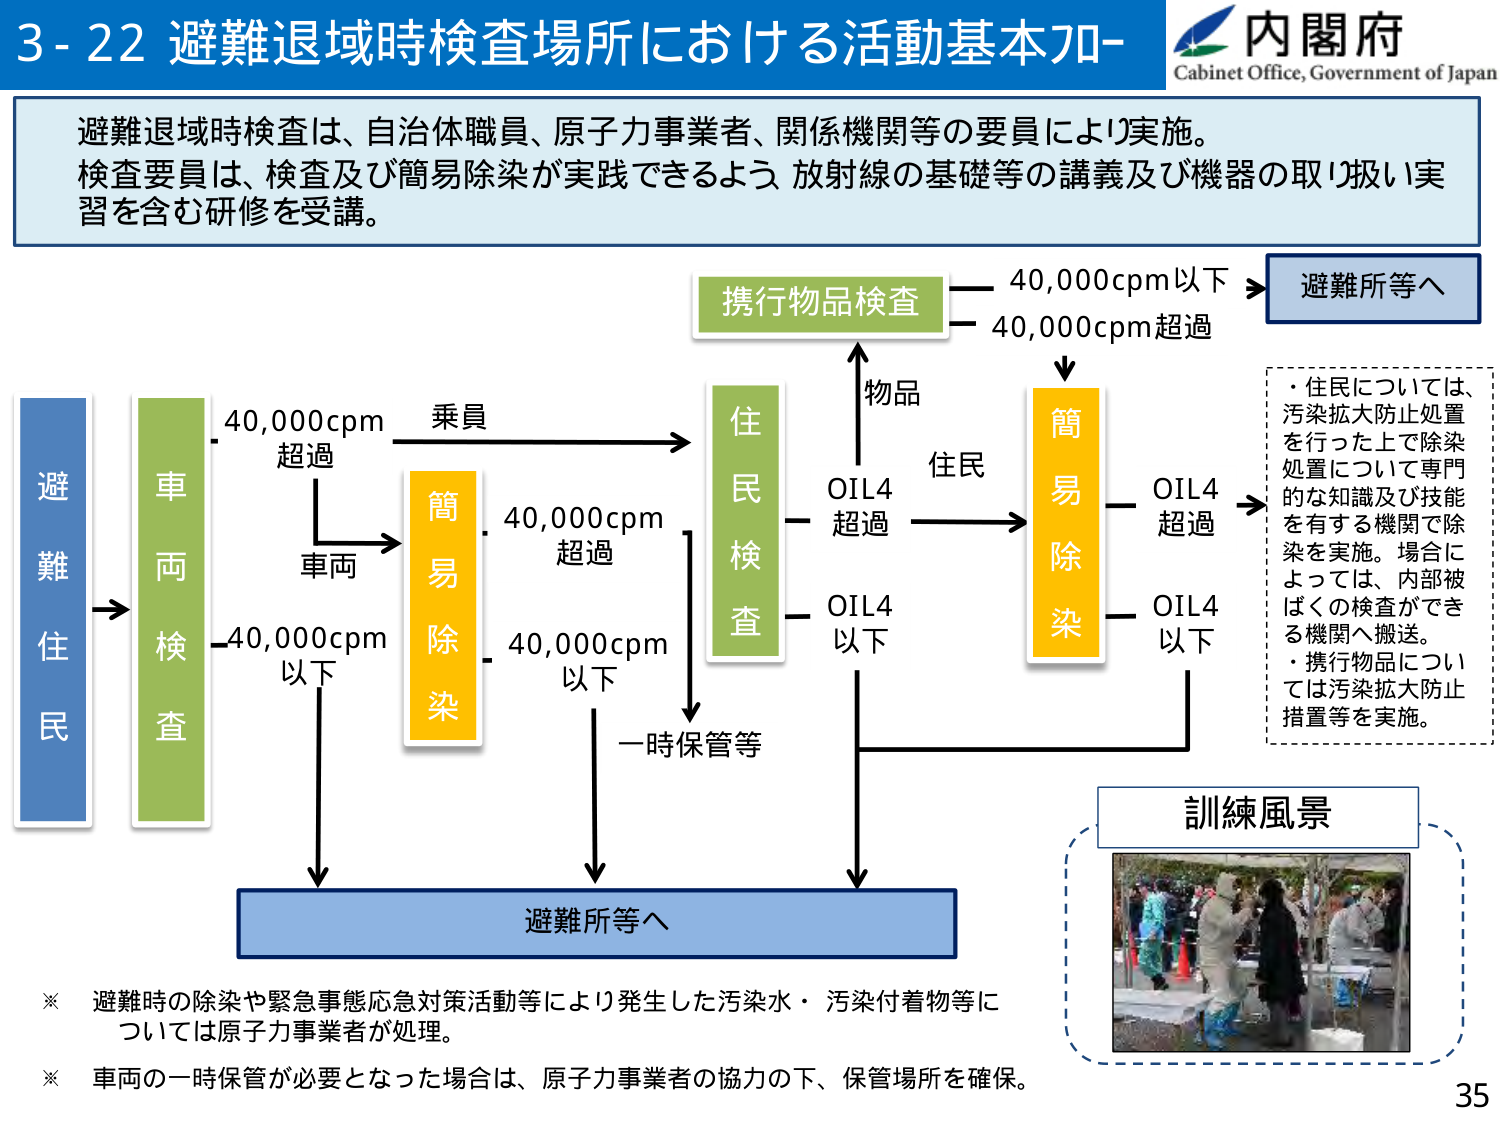
3-22 避難退域時検査場所における活動基本フロー
内閣府
Cabinet Office, Government of Japan

避難退域時検査は、自治体職員、原子力事業者、関係機関等の要員により実施。
検査要員は、検査及び簡易除染が実践できるよう、放射線の基礎等の講義及び機器の取り扱い実習を含む研修を受講。

避難住民
→ 車両検査
　　40,000cpm 超過 → 車両 → 簡易除染
　　40,000cpm 以下 → 避難所等へ

　　乗員 → 住民検査
　　　　　　40,000cpm 超過 → 簡易除染
　　　　　　40,000cpm 以下 → 一時保管等 → 避難所等へ

　　物品 → 携行物品検査
　　　　　　40,000cpm 以下 → 避難所等へ
　　　　　　40,000cpm 超過 → 簡易除染

　　住民 → 簡易除染
　　　　　　OIL4 超過 → OIL4 超過 → （注釈）
　　　　　　OIL4 以下 → OIL4 以下 → 避難所等へ

注釈：
・住民については、汚染拡大防止処置を行った上で除染処置について専門的な知識及び技能を有する機関で除染を実施。場合によっては、内部被ばくの検査ができる機関へ搬送。
・携行物品については汚染拡大防止措置等を実施。

訓練風景
（写真：防護服を着た人々が検査や除染の訓練を行っている様子）

※ 避難時の除染や緊急事態応急対策活動等により発生した汚染水・汚染付着物等については原子力事業者が処理。
※ 車両の一時保管が必要となった場合は、原子力事業者の協力の下、保管場所を確保。

35